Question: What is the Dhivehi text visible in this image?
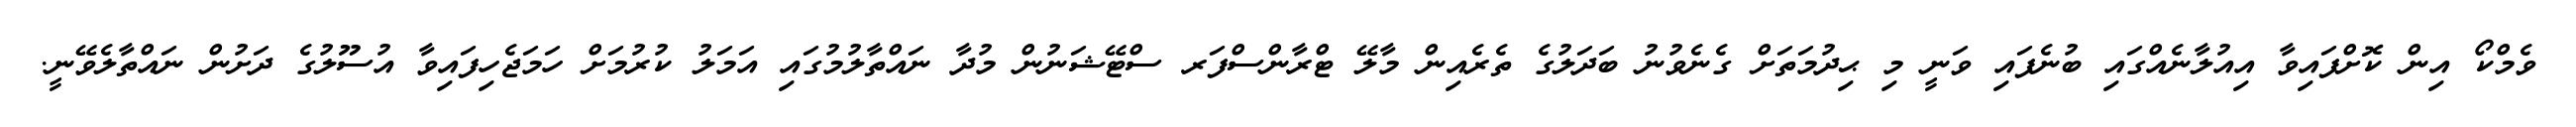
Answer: ވެމްކޯ އިން ކޮށްފައިވާ އިއުލާނެއްގައި ބުނެފައި ވަނީ މި ޙިދުމަތަށް ގެނެވުނު ބަދަލުގެ ތެރެއިން މާލޭ ޓްރާންސްފަރ ސްޓޭޝަނުން މުދާ ނައްތާލުމުގައި އަމަލު ކުރުމަށް ހަމަޖެހިފައިވާ އުސޫލުގެ ދަށުން ނައްތާލެވޭނީ.